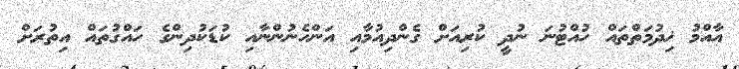
އާއްމު ޚިދުމަތްތައް ހުއްޓުނަ ނުދީ ކުރިއަށް ގެންދިއުމާއި އަންހެނުންނާއި ކުޑަކުދިންގެ ހައްގުތައް އިތުރަށް